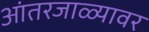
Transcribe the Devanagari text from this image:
आंतरजाळ्यावर